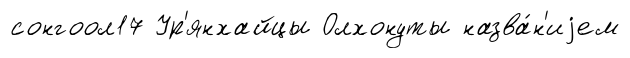
сонгоол17 Ур'янхайцы Олхонуты назва́н'иjем